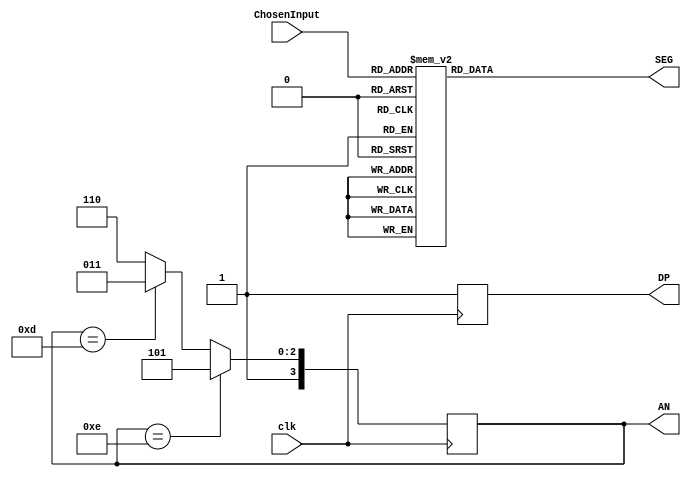
module SegDis(
  input clk,
  input [3:0]ChosenInput,
  output reg [3:0] AN,
  output reg [6:0] SEG,
  output reg DP
);

reg [3:0] AN_next;

always@(posedge clk)begin
  AN <= AN_next;
  DP <= 1'b1;
end

always@(*)begin
  AN_next = 4'b1110;
  if(AN==4'b1110) begin
    AN_next = 4'b1101;
  end else if(AN==4'b1101) begin
    AN_next = 4'b1011;
  end else if(AN==4'b1011) begin
    AN_next = 4'b1110;
  end
end

//W, A, S, D: 0, 1, 2, 3
//UpA, RiA, LeA, DoA: 4, 5, 6, 7
//Ent, F, R, T: 8, 9, 10 ,11
always@(*)begin
  case(ChosenInput)
    4'd0: SEG = 7'b0000001; //0
    4'd1: SEG = 7'b1001111; //1
    4'd2: SEG = 7'b0010010; //2
    4'd3: SEG = 7'b0000110; //3
    4'd4: SEG = 7'b1001100; //4
    4'd5: SEG = 7'b0100100; //5
    4'd6: SEG = 7'b0100000; //6
    4'd7: SEG = 7'b0001111; //7 
    4'd8: SEG = 7'b0000000; //8
    4'd9: SEG = 7'b0000100; //9
    4'd10: SEG = 7'b0001000; //A
    4'd11: SEG = 7'b1100000; //b
    default: SEG = 7'b1111111;
  endcase
end

endmodule